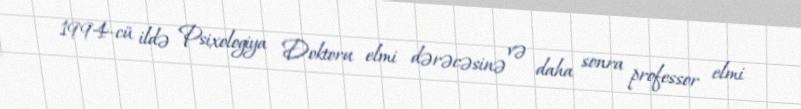
1994-cü ildə Psixologiya Doktoru elmi dərəcəsinə və daha sonra professor elmi